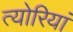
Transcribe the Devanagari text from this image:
त्योरियां